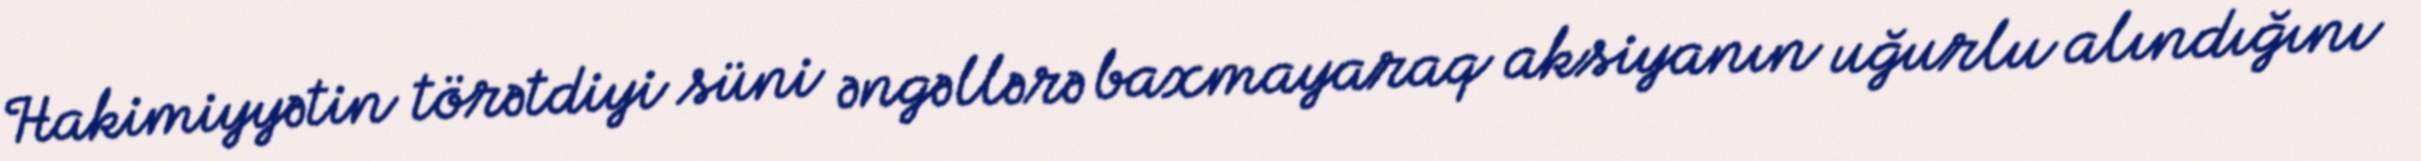
Hakimiyyətin törətdiyi süni əngəllərə baxmayaraq aksiyanın uğurlu alındığını